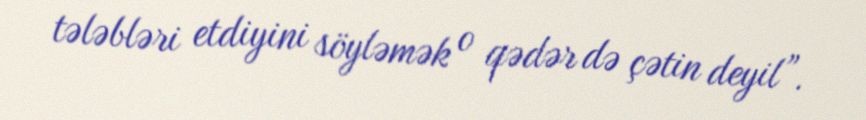
tələbləri etdiyini söyləmək o qədər də çətin deyil”.